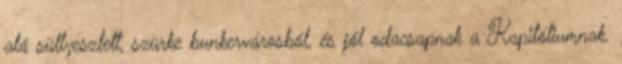
alá süllyesztett, szürke bunkervárosból, és jól odacsapnak a Kapitóliumnak.